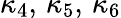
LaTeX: \kappa_{4},\, \kappa_{5},\, \kappa_{6}